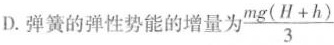
D.弹簧的弹性势能的增量为\frac{mg(H+h)}{3}